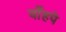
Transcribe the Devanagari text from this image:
याँहपे